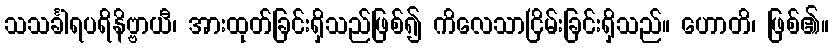
သသင်္ခါရပရိနိဗ္ဗာယီ၊ အားထုတ်ခြင်းရှိသည်ဖြစ်၍ ကိလေသာငြိမ်းခြင်းရှိသည်။ ဟောတိ၊ ဖြစ်၏။